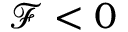
\mathcal { F } < 0